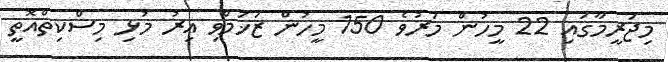
މިޖަރީމާގައި 22 މީހުން މަރުވެ 150 މީހުން ޒަޚަމްވިި އިރު މުޅި މިސްކިތްއޮތީ